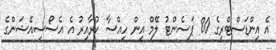
އެ އިންޑަސްޓްރީގެ 80 ޕަސެންޓު ލޭމް އިން ހިއްސާ ކުރާއިރު އެ އެސޯސިއޭޝަންގެ